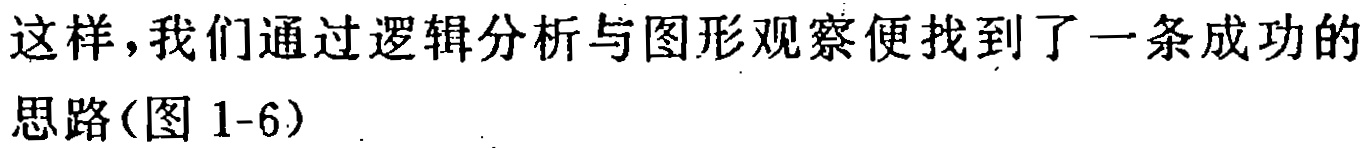
这样，我们通过逻辑分析与图形观察便找到了一条成功的思路(图 1-6)